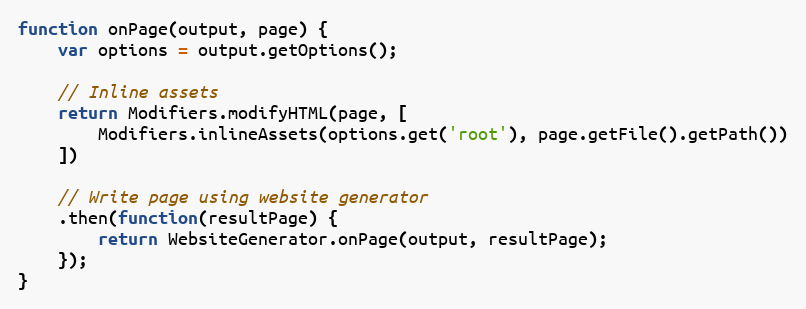
Language: JavaScript
function onPage(output, page) {
    var options = output.getOptions();

    // Inline assets
    return Modifiers.modifyHTML(page, [
        Modifiers.inlineAssets(options.get('root'), page.getFile().getPath())
    ])

    // Write page using website generator
    .then(function(resultPage) {
        return WebsiteGenerator.onPage(output, resultPage);
    });
}